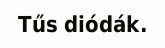
Tűs diódák.